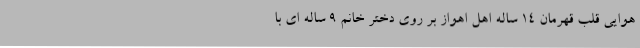
هوایی قلبِ قهرمان ۱۴ ساله اهل اهواز بر روی دختر خانم ۹ ساله ای با